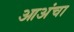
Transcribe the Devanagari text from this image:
आअंचा